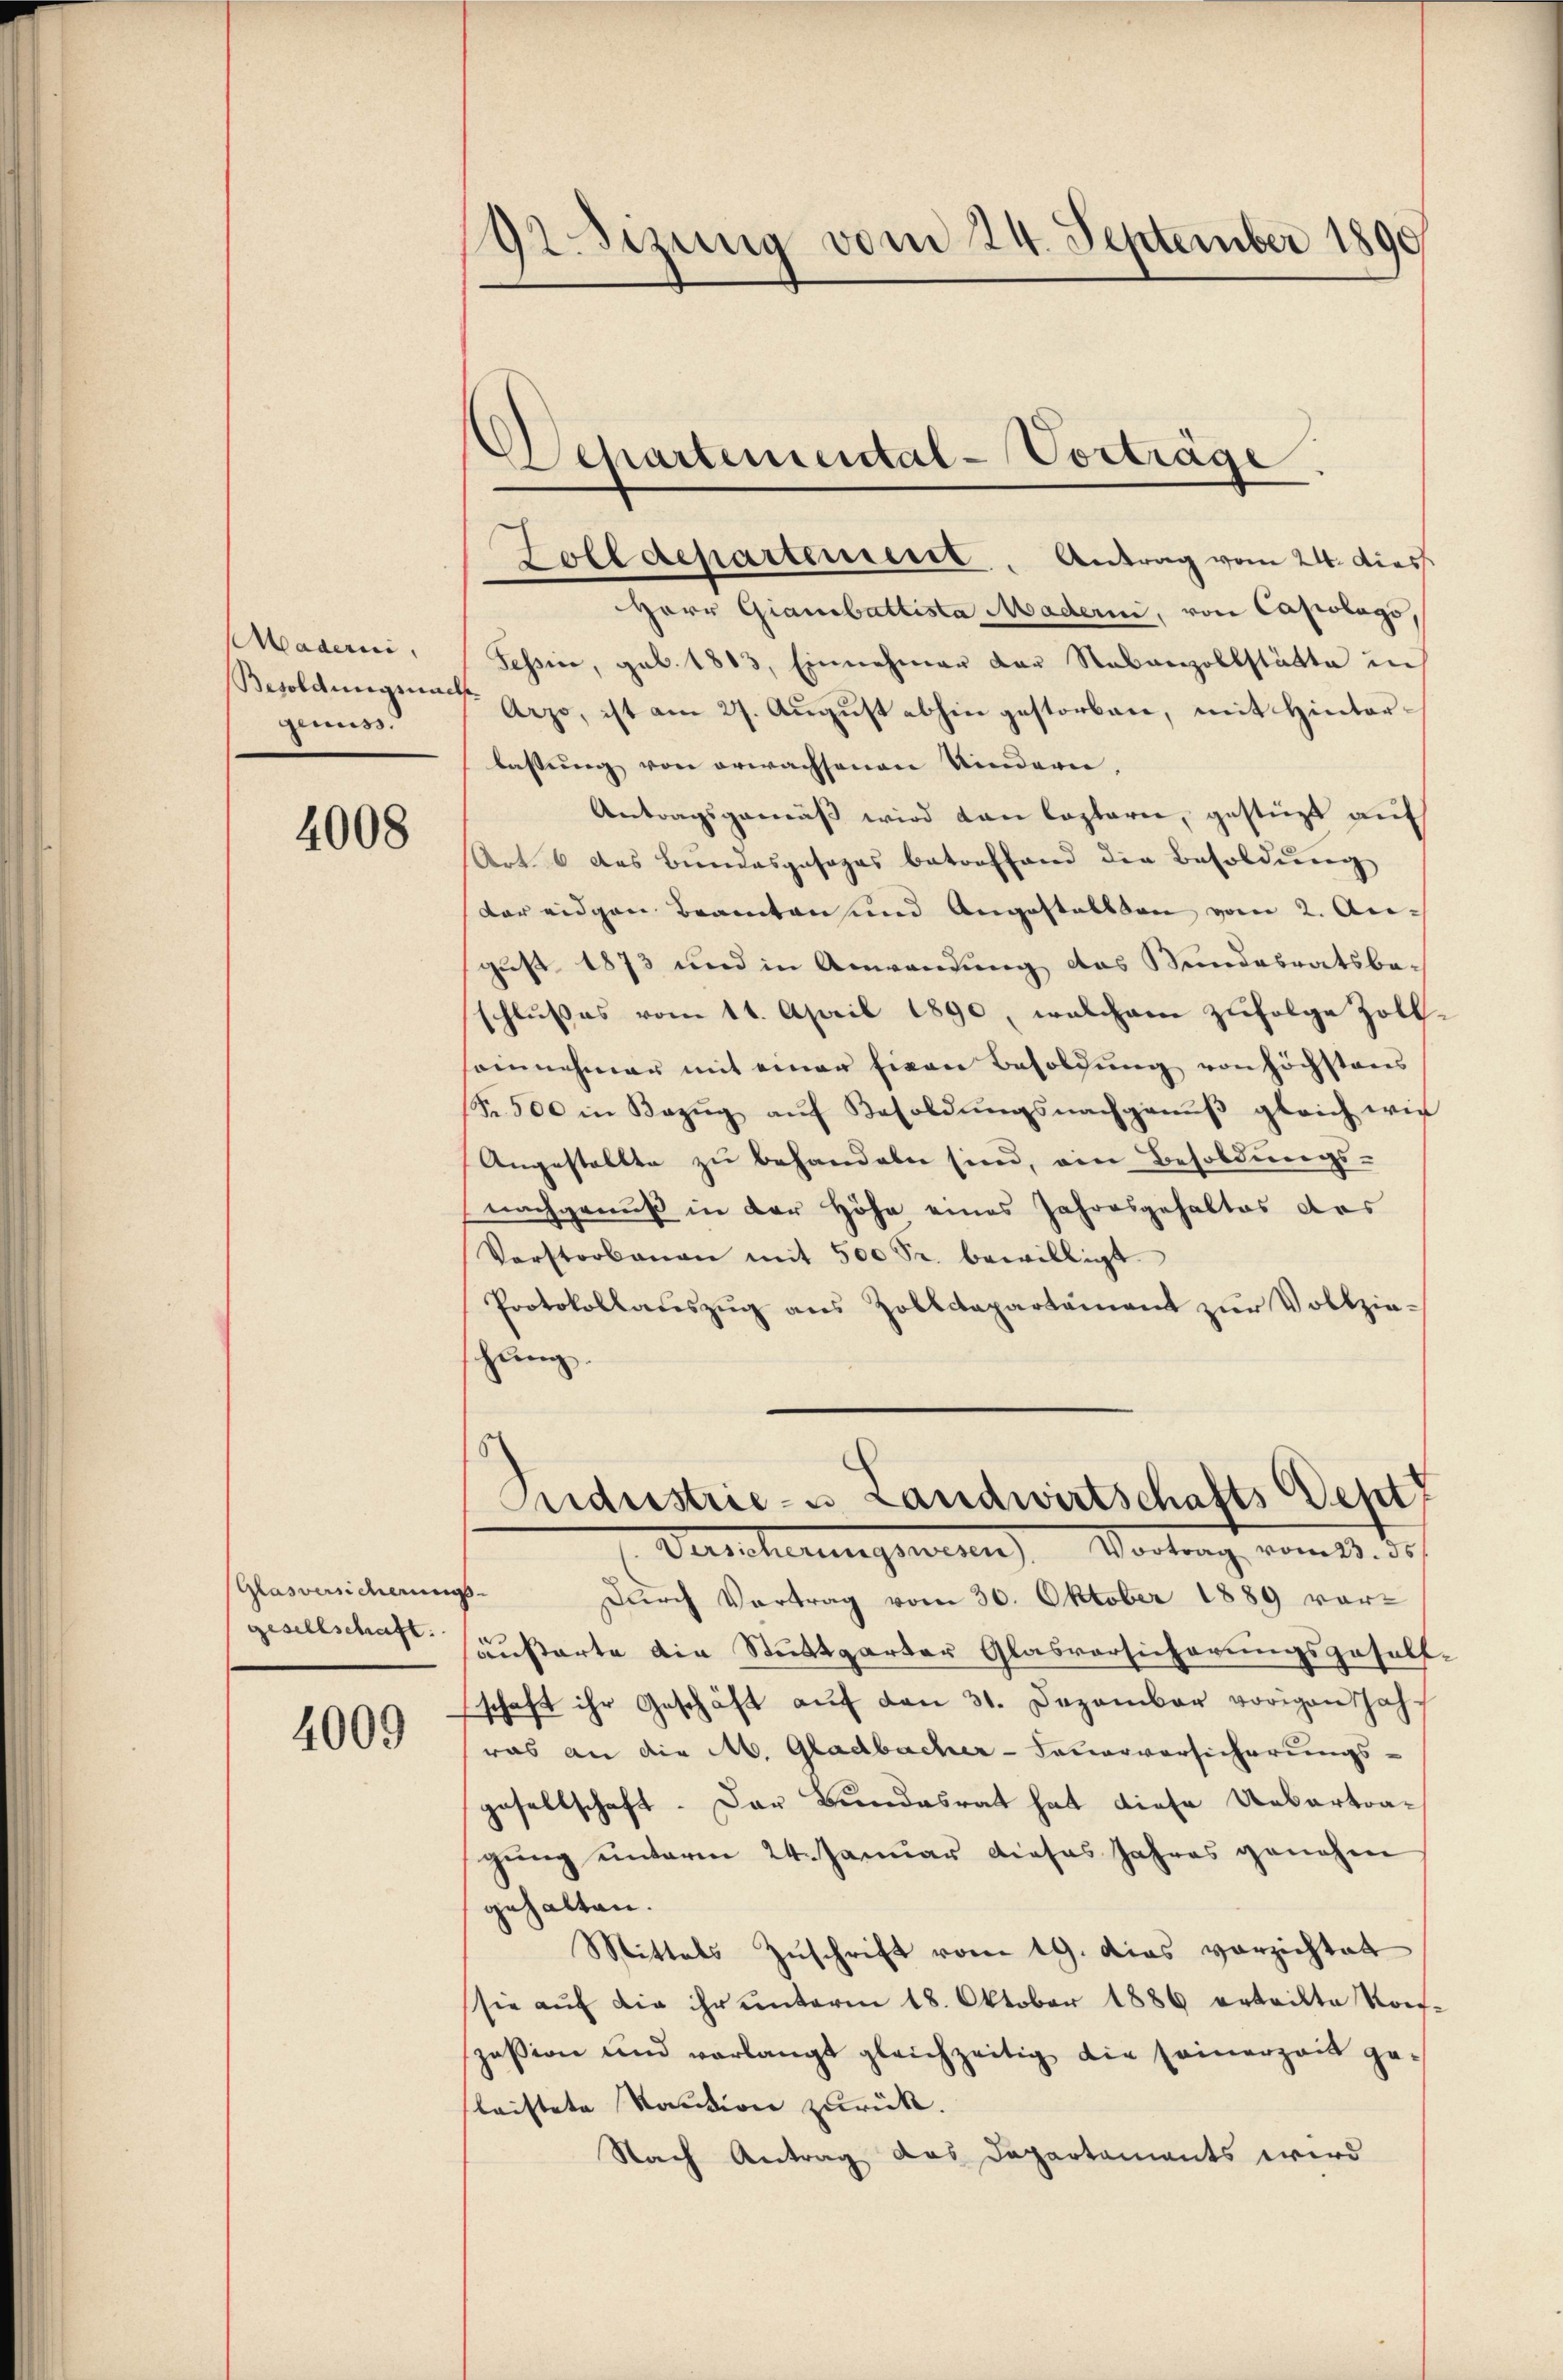
Mademi
Besoldungsnach
genuss.

4008

Glasversicherungs-
gesellschaft.

4009

92 Sizung vom 24. September 1890

Departemental-Vorträge.

Folldepartement. Antrag vom 24. dies
HHerr Giamibattista Maderm, von Capolago
Tessin, geb. 1883, Einnehmer der Stabanzollstätte in
Arzo, ist am 27. August abhin gestorben, mit Hinterlassung von erwachsenen Kindern,
Antragsgemäß wird von Captarie, gestüzt auf
Art. 6 des Bundesgesages betreffend die Besoldŭng
dar eidgen Beamten und Angestallten vom 2. Au-
gust 1873 und in Anwendung das Bundesratsbeschlußes vom 11. April 1890, welchem zufolge Zoll
sannehmer mit einer Eigen Besoldŭng von höchstens
Fr. 500 in Bezŭg aŭf Besoldŭngsnachganŭβ gleich wir
Angestellte zu behandeln sind, ein Besoldungs-
nachgenuß in der Höhe eines Jahresgehaltes das
Vorstorbenen mit 500 Sr. bewilligt.
Protokollauszug aus Zolldepartement zur Vollziehung.
s
Sudustrie- u Landwirtschafts Sept
Verscherungenen Vortrag vom 15. d.
Durch Vortrag vom 30. Oktober 1889 voräußerte die Stuttgarter Glasversicherungsgehülf
schaft ihr Geschäft auf den 31. Dezember vorigen Jahwas an die M. Gladbacher-Feuerversicherungsgesellschaft. Das Bundesrat hat diese Uebertragung unterm 24. Januar dieses Jahres genehm
gehalten.
Mittels Zuschrift vom 19. Das vorzichtet
sie aŭf die ihr ŭnterm 18. Oktober 1886 erteilte Korf-
zession und verlangt gleichzeitig die seinerzeit ge-
leistete Kaution zurück.
Nach Antrag das Departaments wird